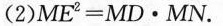
(2)$$M E ^{2} = M D · M N$$。图29-3-23